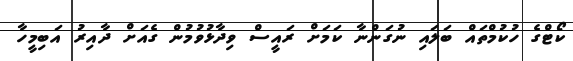
ކޯޓްގެ ހުކުމްތައް ބަލައި ނުގަންނާ ކަމަށް ރައީސް ވިދާޅުވުމުން ގެއަށް ދާއިރު އަބިމީހާ